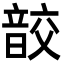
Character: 𩐟